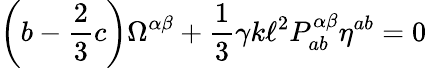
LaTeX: \left(b-\frac{2}{3}c\right)\Omega^{\alpha\beta}+\frac{1}{3}\gamma k\ell^{2}P_{ab}^{\alpha\beta}\eta^{ab}=0